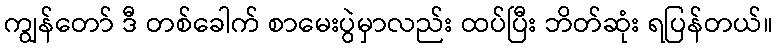
ကျွန်တော် ဒီ တစ်ခေါက် စာမေးပွဲမှာလည်း ထပ်ပြီး ဘိတ်ဆုံး ရပြန်တယ်။